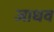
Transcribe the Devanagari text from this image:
जाधव